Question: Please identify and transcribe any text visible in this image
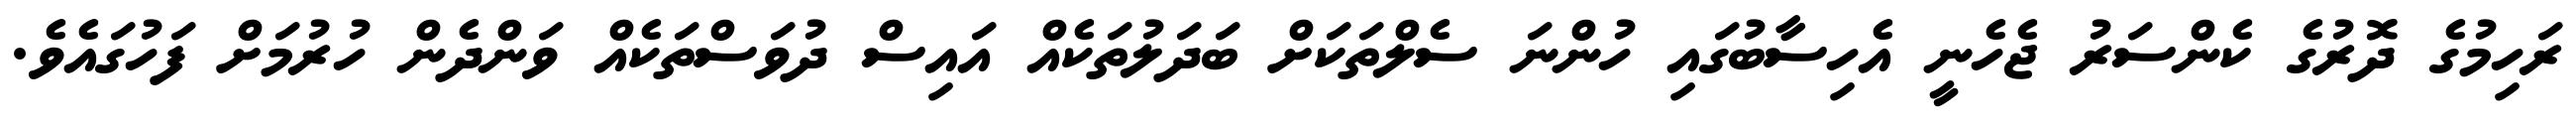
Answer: ރަހިމުގެ ދޮރުގެ ކެންސަރު ޖެހެނީ އެހިސާބުގައި ހުންނަ ސެލްތަކަށް ބަދަލުތަކެއް އައިސް ދުވަސްތަކެއް ވަންދެން ހުރުމަށް ފަހުގައެވެ.